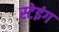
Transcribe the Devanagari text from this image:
स्टेइंग